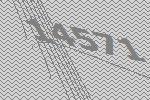
14571